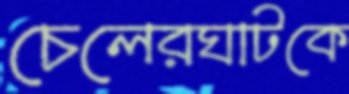
চেলেরঘাটকে